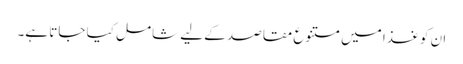
ان کو غذا میں متنوع مقاصد کے لیے شامل کیا جاتا ہے۔